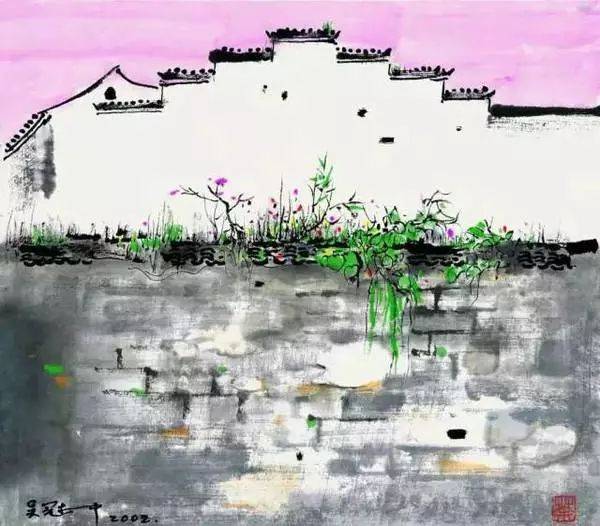
缟素酬家国，戈船决死生！